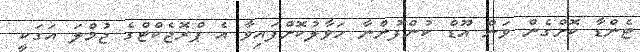
ޓެންޑާ ކޮށްގެން ވަން އޫޑް ކުންފުންނާ ހަވާލުކޮށްފައިވާ އެ ޕްރޮޖެކްޓްގެ ޖުމްލަ އަގަކީ